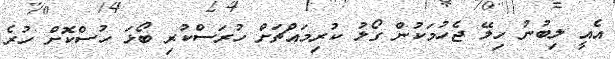
އެއީ ލިބުނު ހިލޭ ޖެހުމަކުން ގޯލު ކުރިމައްޗަށް ހުރަސްކުރި ބޯޅަ ހުސްކޮށް ހުރެ